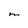
Character: M